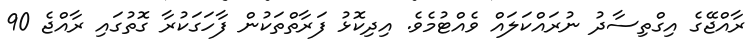
ރާއްޖޭގެ އިގްތިސާދު ނުރައްކަލައް ވެއްޓުމެވެ. އިދިކޮޅު ފަރާތްތަކުން ފާހަގަކުރާ ގޮތުގައި ރާއްޖެ 90